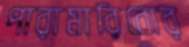
পারামারিবোর